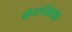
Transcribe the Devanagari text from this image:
कंदर्पकेलि